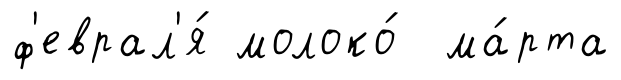
ф'еврал'я́ молоко́ ма́рта